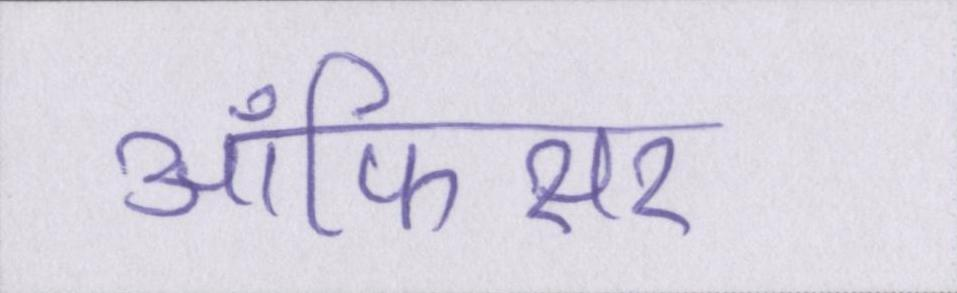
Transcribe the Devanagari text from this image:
ऑफिसर